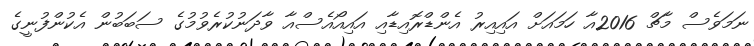
ނަމަވެސް މާޗް 2016އާ ހަމައަށް އައިއިރު އެންޑްރޮއިޑާއި އައިއޯއެސްއާ ވާދަނުކުރެވުމުގެ ސަބަބުން އެކުންފުނީގެ